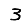
Digit: 3